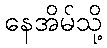
နေအိမ်သို့